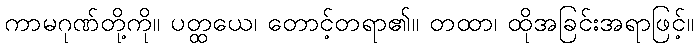
ကာမဂုဏ်တို့ကို။ ပတ္ထယေ၊ တောင့်တရာ၏။ တထာ၊ ထိုအခြင်းအရာဖြင့်။